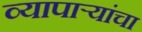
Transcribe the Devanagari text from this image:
व्यापार्‍यांचा